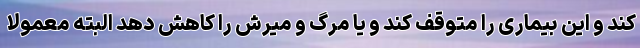
کند و این بیماری را متوقف کند و یا مرگ و میرش را کاهش دهد البته معمولا